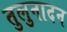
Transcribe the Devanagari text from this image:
तुलुनादन